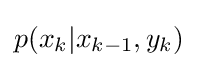
p(x_{k}|x_{k-1},y_{k})